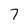
Character: 7